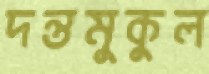
দন্তমুকুল